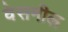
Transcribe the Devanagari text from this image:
वेसमील